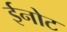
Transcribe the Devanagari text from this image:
ईनोट